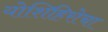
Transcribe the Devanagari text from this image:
योशिहिरोचा